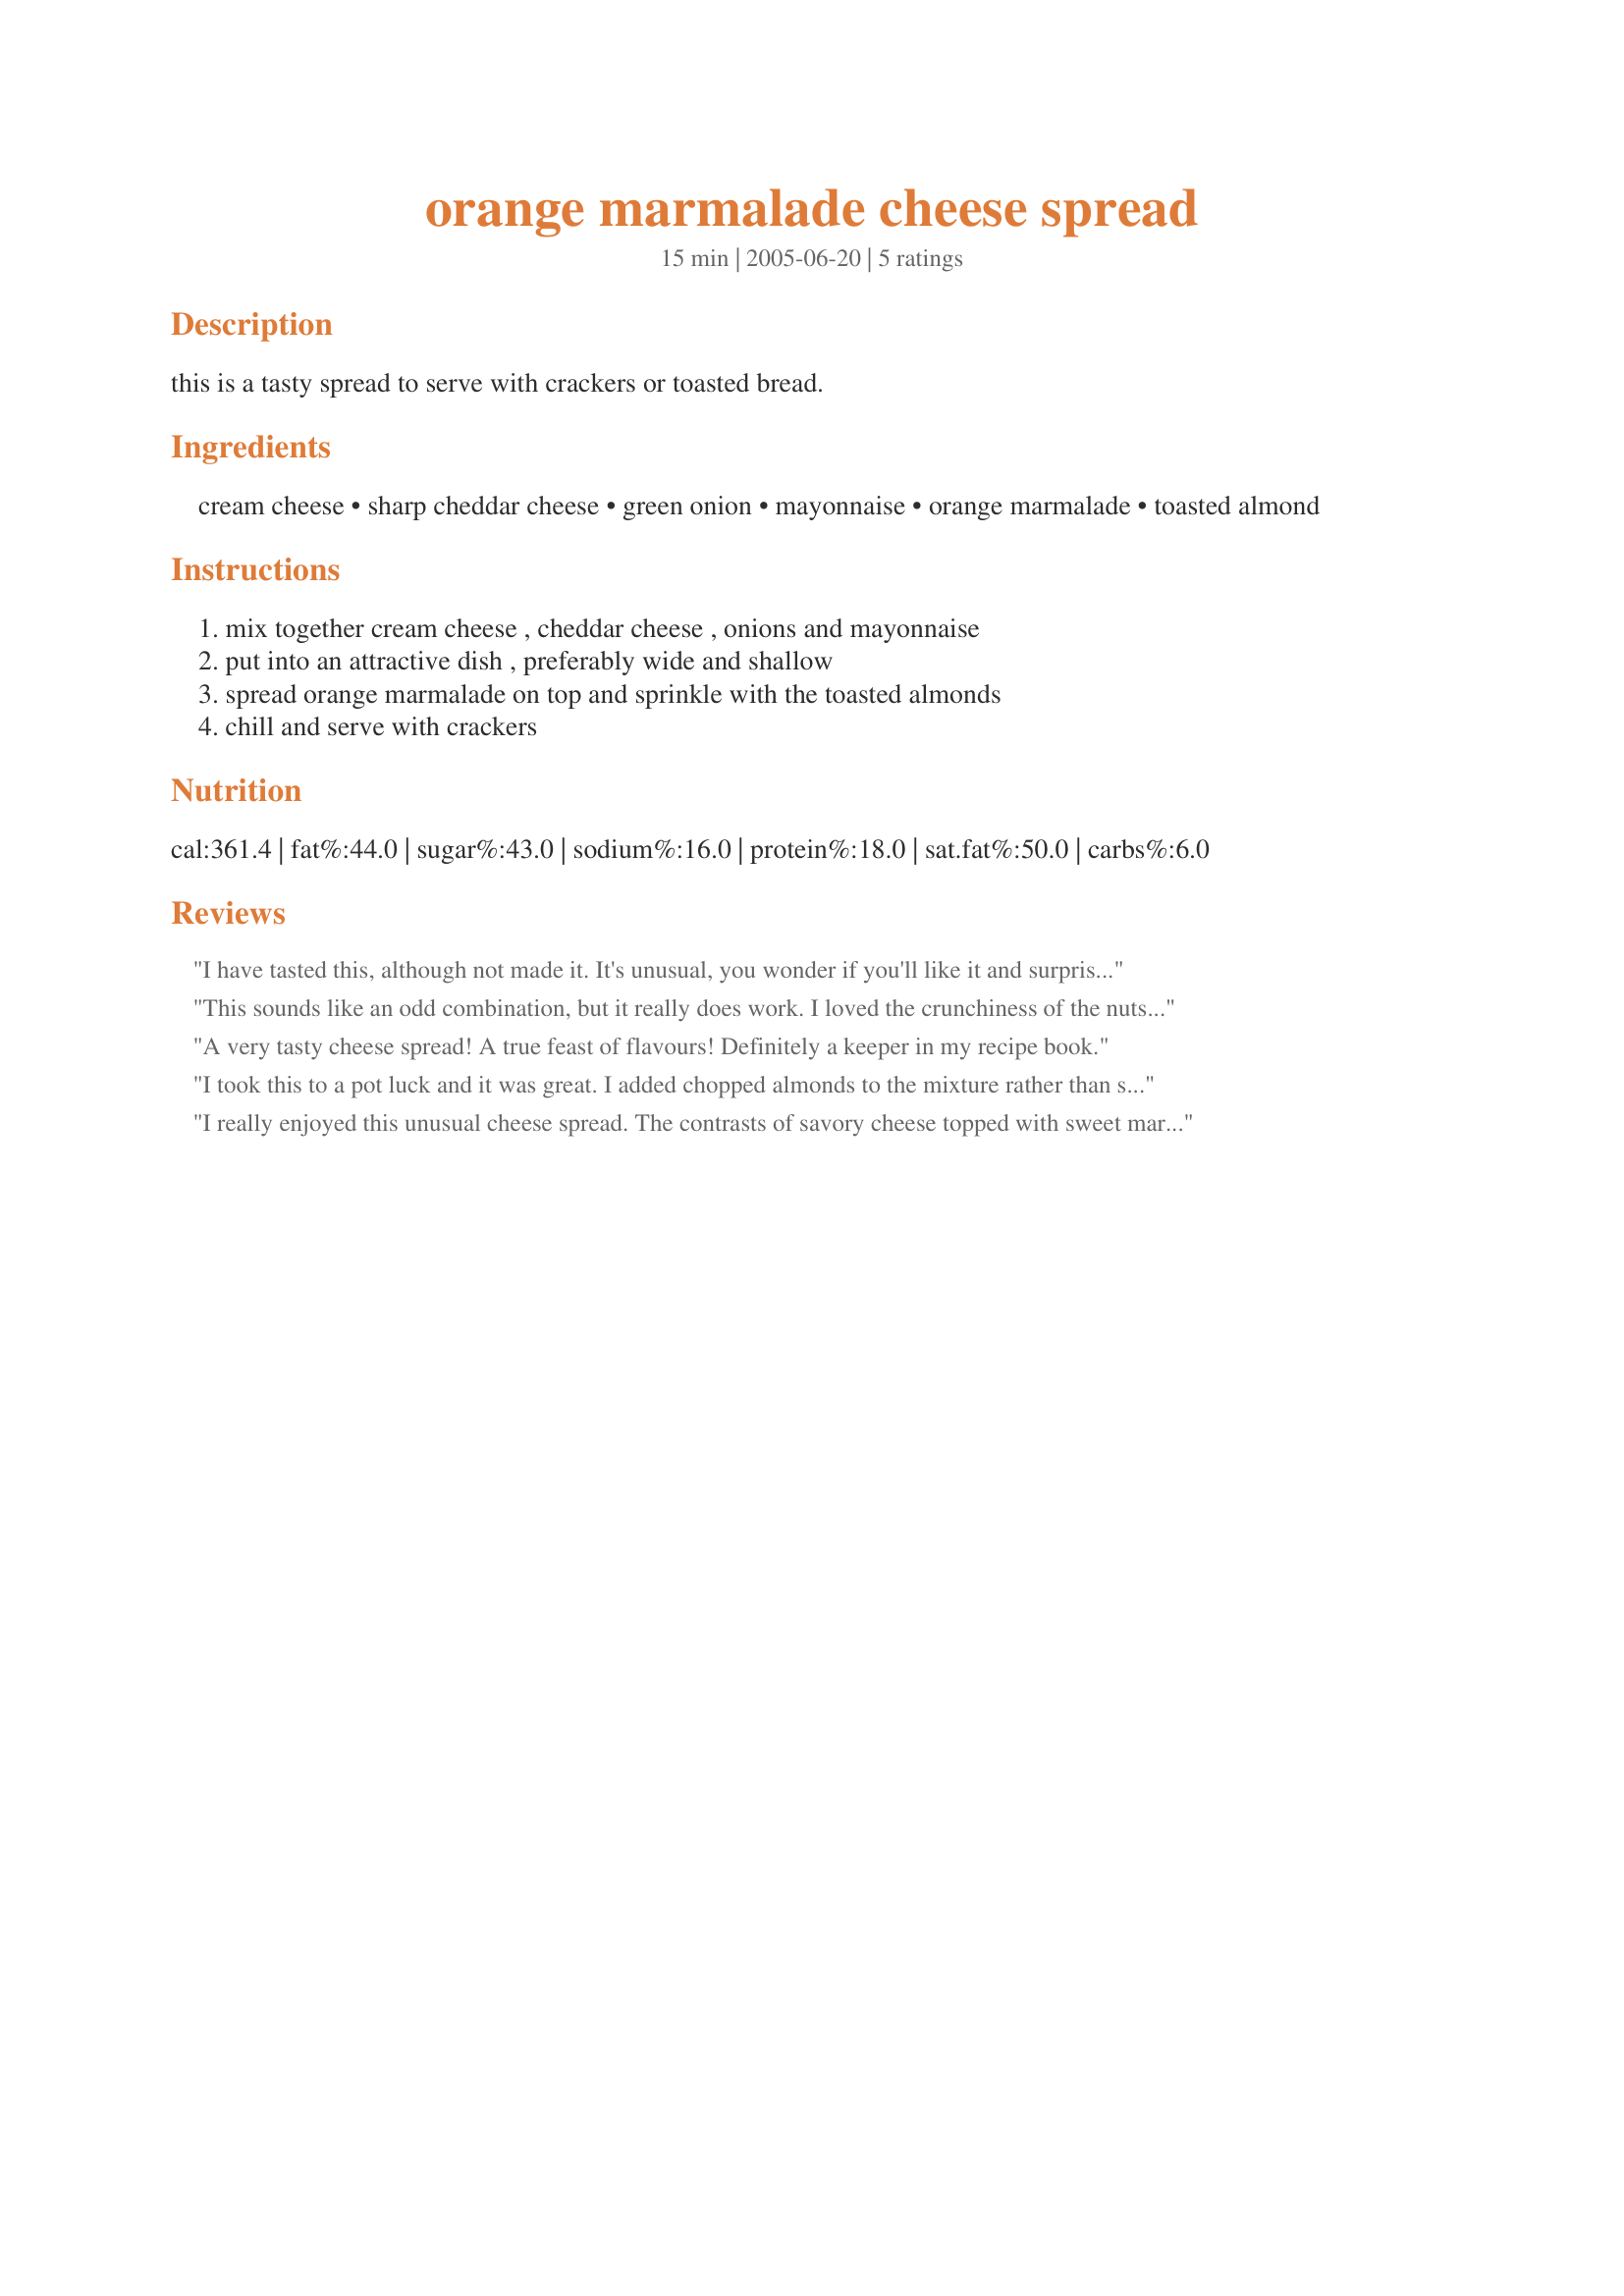
orange marmalade cheese spread
Preparation time: 15 minutes

this is a tasty spread to serve with crackers or toasted bread.

Ingredients:
cream cheese, sharp cheddar cheese, green onion, mayonnaise, orange marmalade, toasted almond

Steps:
mix together cream cheese , cheddar cheese , onions and mayonnaise, put into an attractive dish , preferably wide and shallow, spread orange marmalade on top and sprinkle with the toasted almonds, chill and serve with crackers

Reviews:
I have tasted this, although not made it. It's unusual, you wonder if you'll like it and surprise, surprise! You love it!
This sounds like an odd combination, but it really does work. I loved the crunchiness of the nuts and the tang of the marmalade. In fact, I think this might be my new favourite cheese spread. Thanks for sharing MarieAlice!
A very tasty cheese spread! A true feast of flavours! Definitely a keeper in my recipe book.
I took this to a pot luck and it was great. I added chopped almonds to the mixture rather than sprinkled on top. I wanted the marmalade to show on its own. I had a bit left over and I added the marmalade to the left over mixture and it was terrific. No quite as "pretty" but sure tasted good. Nice appetizer MarieAlice.
I really enjoyed this unusual cheese spread. The contrasts of savory cheese topped with sweet marmalade and also the creamy cheesy spread with crunchy almonds was really nice. Thanks for posting.
